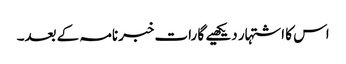
اس کا اشتہار دیکھیے گا رات خبرنامہ کے بعد۔